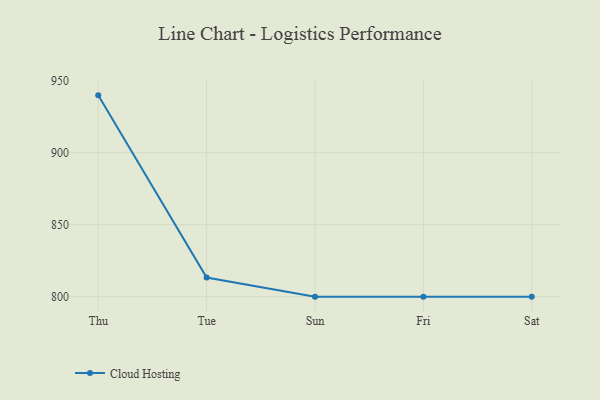
{"axis": {"x": "Day", "y": "Energy Usage (MWh)"}, "legend": ["Cloud Hosting"], "data": [{"x": "Thu", "y": 939.8, "type": "Cloud Hosting"}, {"x": "Tue", "y": 813.3, "type": "Cloud Hosting"}, {"x": "Sun", "y": 800, "type": "Cloud Hosting"}, {"x": "Fri", "y": 800, "type": "Cloud Hosting"}, {"x": "Sat", "y": 800, "type": "Cloud Hosting"}]}